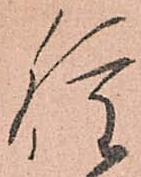
種